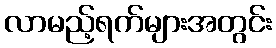
လာမည့်ရက်များအတွင်း